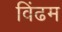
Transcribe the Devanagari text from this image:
विंढम